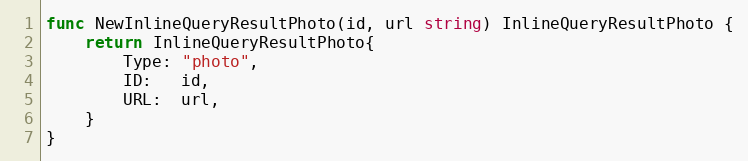
Language: Go
func NewInlineQueryResultPhoto(id, url string) InlineQueryResultPhoto {
	return InlineQueryResultPhoto{
		Type: "photo",
		ID:   id,
		URL:  url,
	}
}